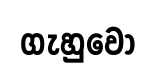
ගැහුවෝ